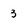
Character: 3